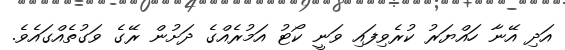
އަދި އޭނާ ހައްޔަރު ކުރެވިފައި ވަނީ ކޯޓު އަމުރެއްގެ ދަށުން ރޭގެ ވަގުތެއްގައެވެ.